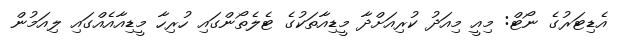
އެޑިޓަރުގެ ނޯޓް: މިއީ މިއަދު ކުރިއަށްދާ މީޑިއާތަކުގެ ޓެލެތޯންގައި ހުރިހާ މީޑިއާއެއްގައި ލިއަމުން